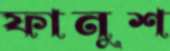
ফানুশ